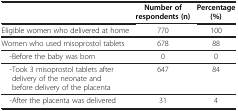
<table><thead><tr><td><b> </b></td><td><b>Number of respondents (n)</b></td><td><b>Percentage (%)</b></td></tr></thead><tbody><tr><td>Eligible women who delivered at home</td><td>770</td><td>100</td></tr><tr><td>Women who used misoprostol tablets</td><td>678</td><td>88</td></tr><tr><td> -Before the baby was born</td><td>0</td><td>0</td></tr><tr><td> -Took 3 misoprostol tablets after delivery of the neonate and before delivery of the placenta</td><td>647</td><td>84</td></tr><tr><td> -After the placenta was delivered</td><td>31</td><td>4</td></tr></tbody></table>